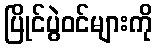
ပြိုင်ပွဲဝင်များကို